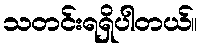
သတင်းရရှိပါတယ်။